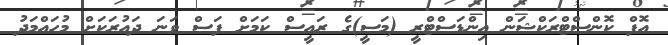
އޮފް ކޮންސްޓްރަކްޝަން އިންޑަސްޓްރީ (މަސީ)ގެ ރައީސް ކަމަށް ފަސް ވަނަ ދައުރަކަށް މުހައްމަދު